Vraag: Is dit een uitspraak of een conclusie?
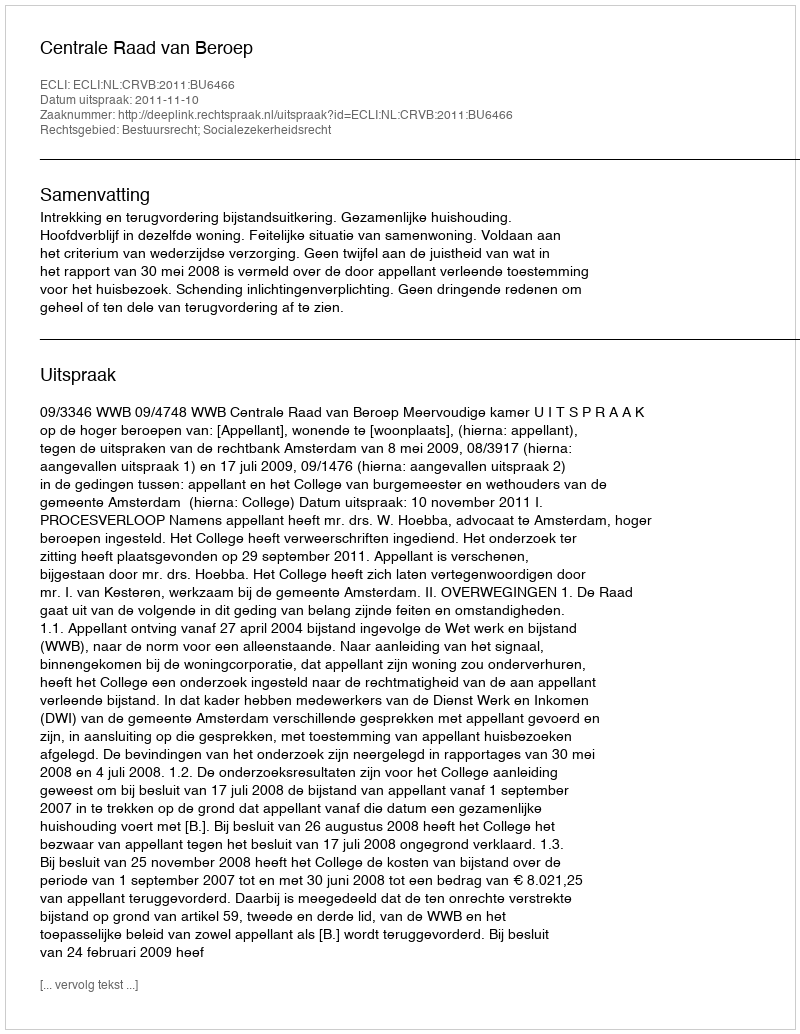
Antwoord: Uitspraak